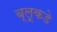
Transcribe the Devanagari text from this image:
ब्लूकडे